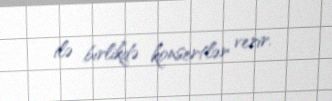
ilə birlikdə konsertlər verir.